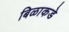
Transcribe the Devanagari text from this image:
बिळाकडे